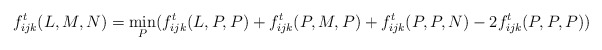
\begin{align*} f^t_{ijk}(L,M,N) = \min_{P} (f^t_{ijk}(L,P,P) + f^t_{ijk}(P,M,P) + f^t_{ijk}(P,P,N) - 2f^t_{ijk}(P,P,P))\end{align*}